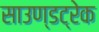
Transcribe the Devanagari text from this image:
साउण्डट्रेक